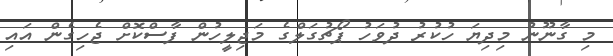
މި ގާނޫނު މިދިޔަ ހުކުރު ދުވަހު ޕޯޗުގަލްގެ މަޖިލީހުން ފާސްކޮށް ޖެހިގެން އައި